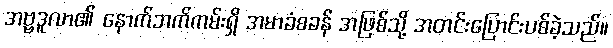
အဗ္ဗဒူလာ၏ နောက်ဘက်ကမ်းရှိ အမာခံစခန် အဖြစ်သို့ အတင်းပြောင်းပစ်ခဲ့သည်။